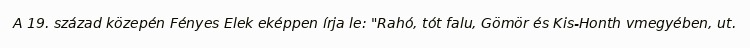
A 19. század közepén Fényes Elek eképpen írja le: "Rahó, tót falu, Gömör és Kis-Honth vmegyében, ut.